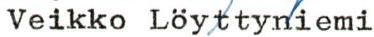
Veikko Löyttyniemi